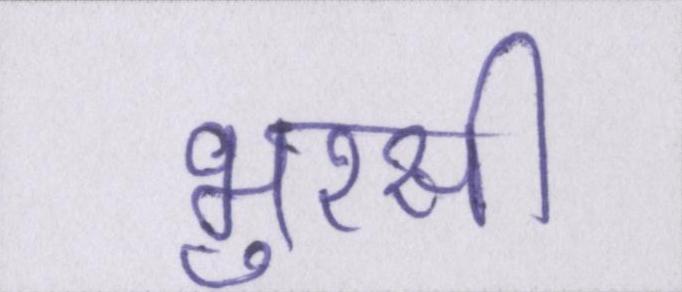
भुरसी